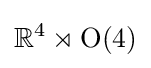
\mathbb {R} ^{4}\rtimes \mathrm {O} (4)